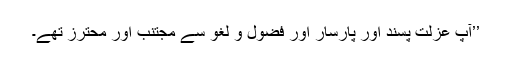
’’آپ عزلت پسند اور پارسار اور فضول و لغو سے مجتنب اور محترز تھے۔